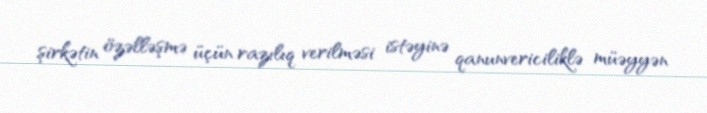
şirkətin özəlləşmə üçün razılıq verilməsi istəyinə qanunvericiliklə müəyyən